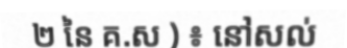
២ នៃ គ.ស ) ៖ នៅសល់